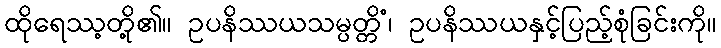
ထိုရေဿ့တို့၏။ ဥပနိဿယသမ္ပတ္တိံ၊ ဥပနိဿယနှင့်ပြည့်စုံခြင်းကို။